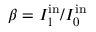
\beta = I _ { 1 } ^ { \mathrm { i n } } / I _ { 0 } ^ { \mathrm { i n } }